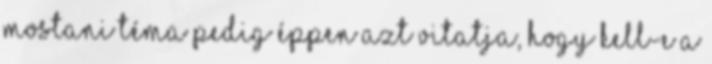
mostani téma pedig éppen azt vitatja, hogy kell-e a